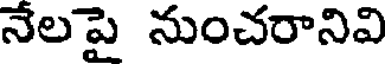
నేలపై నుంచరానివి